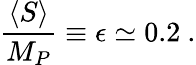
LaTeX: \frac{\langle S\rangle}{M_{P}}\equiv\epsilon\simeq 0.2~.